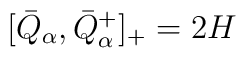
[ \bar{Q}_{\alpha}, \bar{Q}_{\alpha}^{+} ]_{+} = 2H